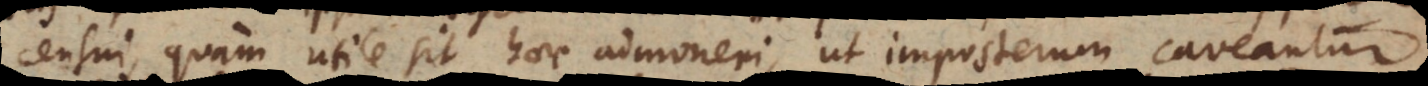
censui, quam utile sit haec admoneri, ut imposterum caveantur